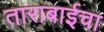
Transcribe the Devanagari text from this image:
ताराबाईचा